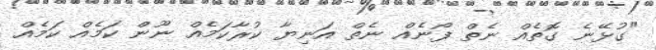
"ގުޅޭނެ ގޮތެއް ނެތް ފޯނެއް ނެތް އަނިޔާ ކުރާކަމެއް ނޫން ކަމެއް ކަމެއް